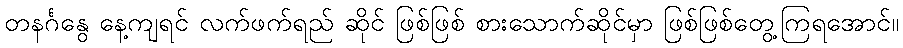
တနင်္ဂနွေ နေ့ကျရင် လက်ဖက်ရည် ဆိုင် ဖြစ်ဖြစ် စားသောက်ဆိုင်မှာ ဖြစ်ဖြစ်တွေ့ကြရအောင်။